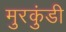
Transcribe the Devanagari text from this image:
मुरकुंडी